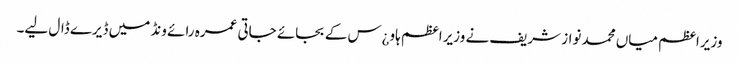
وزیراعظم میاں محمد نواز شریف نے وزیراعظم ہاو¿س کے بجائے جاتی عمرہ رائے ونڈ میں ڈیرے ڈال لیے۔